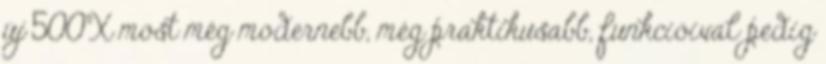
új 500X most még modernebb, még praktikusabb, funkcióival pedig